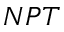
N P T